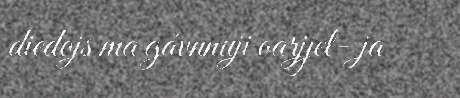
diedojs ma gávnnuji oarjjel- ja